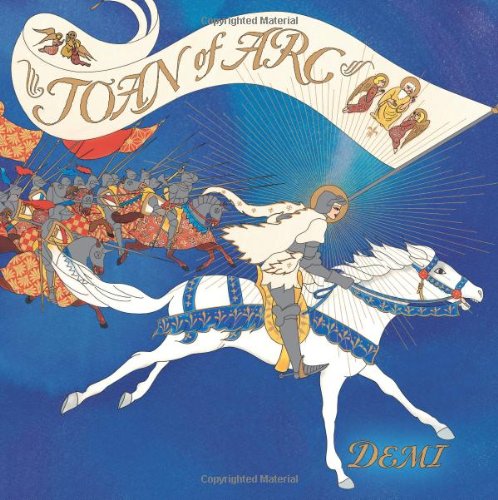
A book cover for Joan of Arc; Demi; Children's Books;